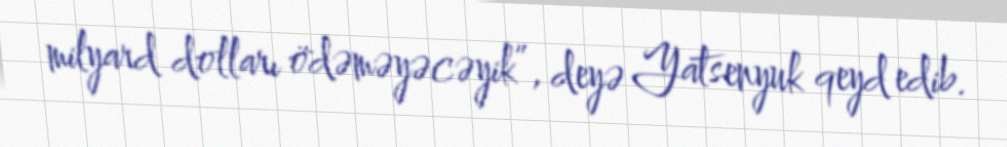
milyard dolları ödəməyəcəyik”, deyə Yatsenyuk qeyd edib.